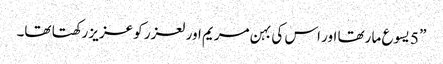
” 5 یسوع ما رتھا اور اس کی بہن مریم اور لعزر کو عزیز رکھتا تھا۔